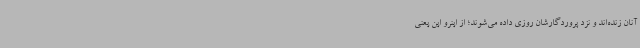
آنان زنده‌اند و نزد پروردگارشان روزی داده می‌شوند؛ از اینرو این یعنی